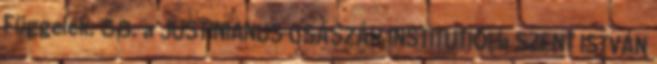
Függelék: 68. a JUSTINIANUS CSÁSZÁR INSTITUTIÓI b SZENT ISTVÁN